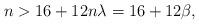
LaTeX: \begin{align*}n> 16+12n\lambda=16+12\beta,\end{align*}